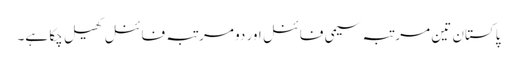
پاکستان تین مرتبہ سیمی فائنل اور دو مرتبہ فائنل کھیل چکا ہے۔